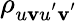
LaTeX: \rho_{u\mathbf{v}u^{'}\mathbf{v}^{'}}